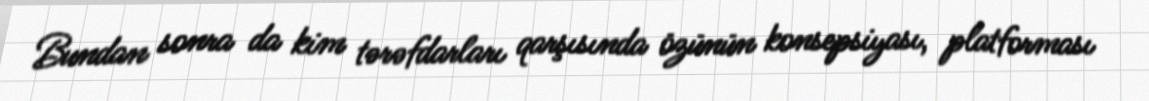
Bundan sonra da kim tərəfdarları qarşısında özünün konsepsiyası, platforması